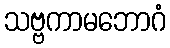
သဗ္ဗကာမဘောဂံ